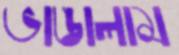
ভাঙালাম